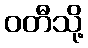
ဝတီသို့